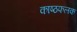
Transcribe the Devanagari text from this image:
काष्ठफलक